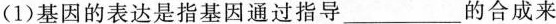
( 1 ) 基因的表达是指基因通过指导___的合成来